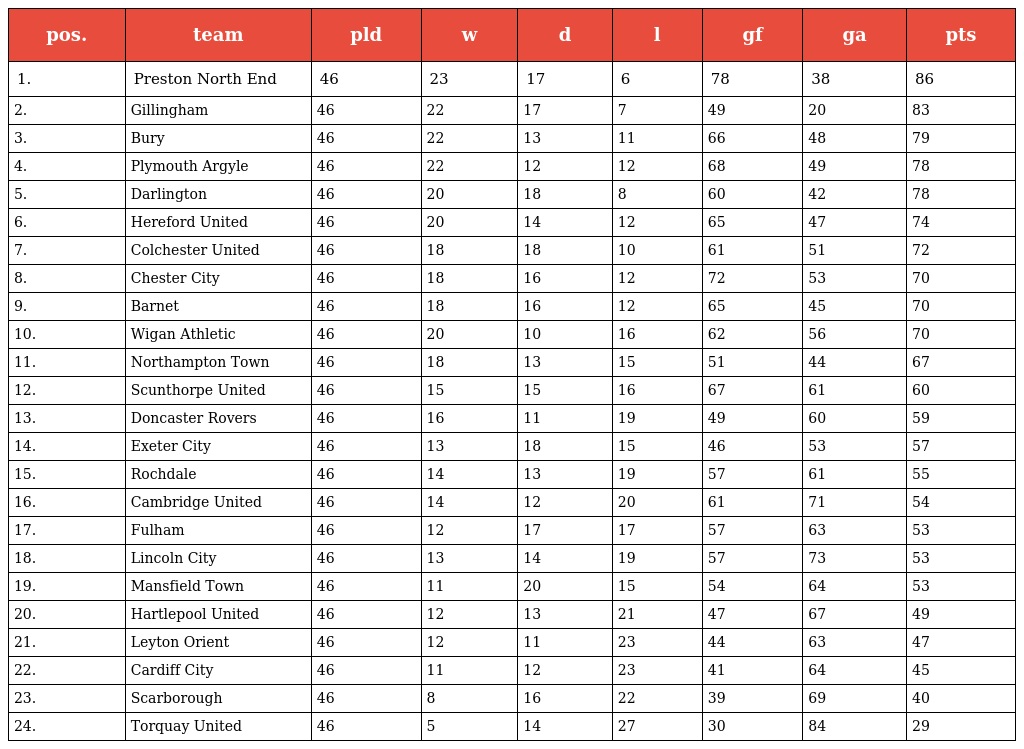
| pos. | team | pld | w | d | l | gf | ga | pts |
 | --- | --- | --- | --- | --- | --- | --- | --- | --- |
 | 1. | Preston North End | 46 | 23 | 17 | 6 | 78 | 38 | 86 |
 | 2. | Gillingham | 46 | 22 | 17 | 7 | 49 | 20 | 83 |
 | 3. | Bury | 46 | 22 | 13 | 11 | 66 | 48 | 79 |
 | 4. | Plymouth Argyle | 46 | 22 | 12 | 12 | 68 | 49 | 78 |
 | 5. | Darlington | 46 | 20 | 18 | 8 | 60 | 42 | 78 |
 | 6. | Hereford United | 46 | 20 | 14 | 12 | 65 | 47 | 74 |
 | 7. | Colchester United | 46 | 18 | 18 | 10 | 61 | 51 | 72 |
 | 8. | Chester City | 46 | 18 | 16 | 12 | 72 | 53 | 70 |
 | 9. | Barnet | 46 | 18 | 16 | 12 | 65 | 45 | 70 |
 | 10. | Wigan Athletic | 46 | 20 | 10 | 16 | 62 | 56 | 70 |
 | 11. | Northampton Town | 46 | 18 | 13 | 15 | 51 | 44 | 67 |
 | 12. | Scunthorpe United | 46 | 15 | 15 | 16 | 67 | 61 | 60 |
 | 13. | Doncaster Rovers | 46 | 16 | 11 | 19 | 49 | 60 | 59 |
 | 14. | Exeter City | 46 | 13 | 18 | 15 | 46 | 53 | 57 |
 | 15. | Rochdale | 46 | 14 | 13 | 19 | 57 | 61 | 55 |
 | 16. | Cambridge United | 46 | 14 | 12 | 20 | 61 | 71 | 54 |
 | 17. | Fulham | 46 | 12 | 17 | 17 | 57 | 63 | 53 |
 | 18. | Lincoln City | 46 | 13 | 14 | 19 | 57 | 73 | 53 |
 | 19. | Mansfield Town | 46 | 11 | 20 | 15 | 54 | 64 | 53 |
 | 20. | Hartlepool United | 46 | 12 | 13 | 21 | 47 | 67 | 49 |
 | 21. | Leyton Orient | 46 | 12 | 11 | 23 | 44 | 63 | 47 |
 | 22. | Cardiff City | 46 | 11 | 12 | 23 | 41 | 64 | 45 |
 | 23. | Scarborough | 46 | 8 | 16 | 22 | 39 | 69 | 40 |
 | 24. | Torquay United | 46 | 5 | 14 | 27 | 30 | 84 | 29 |